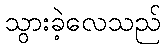
သွားခဲ့လေသည်